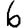
Digit: 6